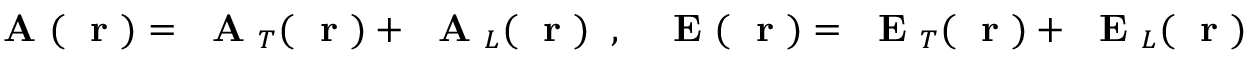
\mathrm { ~ \bf ~ A ~ } ( \mathrm { ~ \bf ~ r ~ } ) = \mathrm { ~ \bf ~ A ~ } _ { T } ( \mathrm { ~ \bf ~ r ~ } ) + \mathrm { ~ \bf ~ A ~ } _ { L } ( \mathrm { ~ \bf ~ r ~ } ) \; \; , \; \; \mathrm { ~ \bf ~ E ~ } ( \mathrm { ~ \bf ~ r ~ } ) = \mathrm { ~ \bf ~ E ~ } _ { T } ( \mathrm { ~ \bf ~ r ~ } ) + \mathrm { ~ \bf ~ E ~ } _ { L } ( \mathrm { ~ \bf ~ r ~ } )